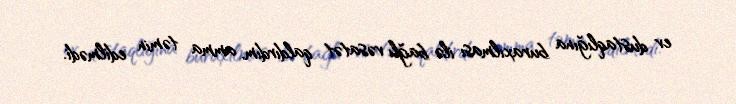
ev dustaqlığına buraxılması ilə bağlı vəsatət qaldırdım, amma təmin edilmədi.